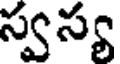
స్వస్య